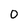
Character: O